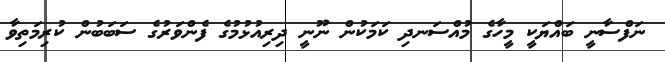
ނަފްސާނީ ބައްޔަކީ މީހާގެ މުއްސަނދި ކަމަކުން ނޫނީ ދިރިއުޅުމުގެ ފެންވަރުގެ ސަބަބުން ކުރިމަތިވާ